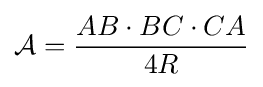
{\mathcal {A}}={\frac {AB\cdot BC\cdot CA}{4R}}